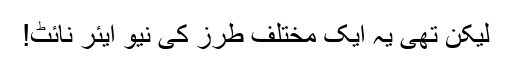
لیکن تھی یہ ایک مختلف طرز کی نیو ایئر نائٹ!